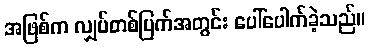
အဖြစ်က လျှပ်တစ်ပြက်အတွင်း ပေါ်ပေါက်ခဲ့သည်။